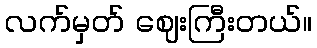
လက်မှတ် ဈေးကြီးတယ်။